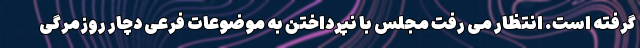
گرفته است. انتظار می رفت مجلس با نپرداختن به موضوعات فرعی دچار روزمرگی